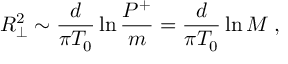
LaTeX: R _ { \perp } ^ { 2 } \sim { \frac { d } { \pi T _ { 0 } } } \ln { \frac { P ^ { + } } { m } } = { \frac { d } { \pi T _ { 0 } } } \ln M \; ,